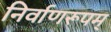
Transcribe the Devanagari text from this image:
निर्वाणरूपम्